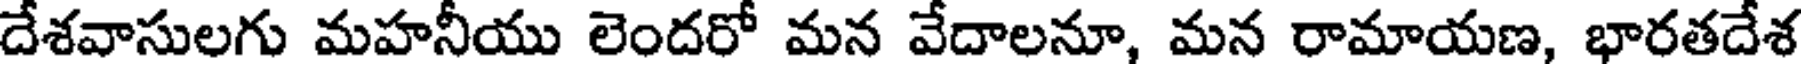
దేశవాసులగు మహనీయు లెందరో మన వేదాలనూ, మన రామాయణ, భారతదేశ